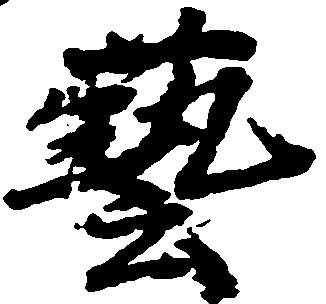
芸